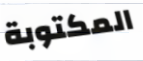
المكتوبة